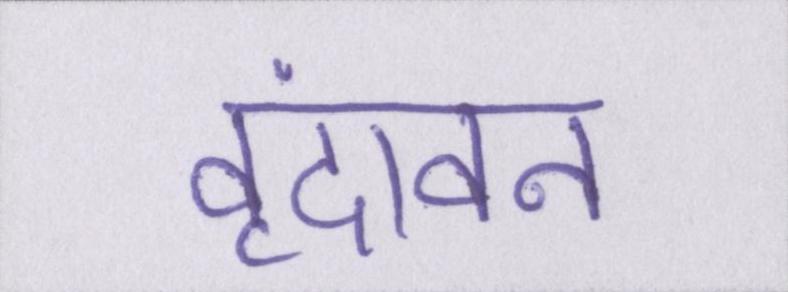
वृंदावन